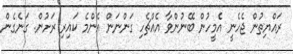
ރައްޔިތުން ޖެހެނީ އެމީހުން ބޭނުންވާ އެއްޗެހި ގަންނަން އެންމެ ކައިރި ރަށުން. ގަނެގެން